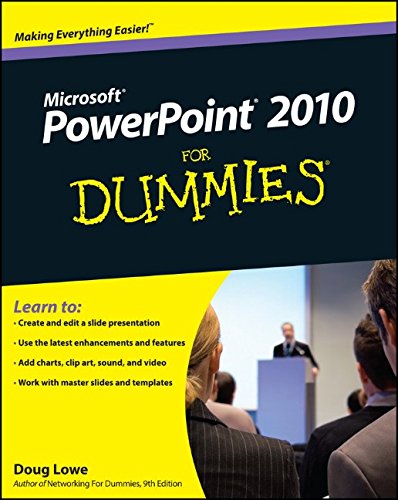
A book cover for PowerPoint 2010 For Dummies; Doug Lowe; Computers & Technology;